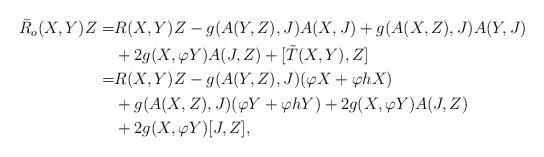
LaTeX: \begin{align*} \begin{aligned} \bar{R}_o(X,Y)Z = & R(X,Y)Z-g(A(Y,Z),J)A(X,J)+g(A(X,Z),J)A(Y,J)\\ & +2g(X,\varphi Y)A(J,Z)+[\tilde{T}(X,Y),Z]\\ = & R(X,Y)Z-g(A(Y,Z),J)(\varphi X+\varphi hX)\\ & +g(A(X,Z),J)(\varphi Y+\varphi hY)+2g(X,\varphi Y)A(J,Z)\\ & +2g(X,\varphi Y)[J,Z],\\ \end{aligned}\end{align*}